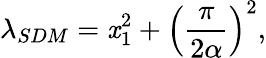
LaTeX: \lambda_{SDM}=\mathit{x}_{1}^{2}+\left(\frac{{\pi}}{{2\alpha}}\right)^{2},